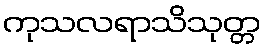
ကုသလရာသိသုတ္တ